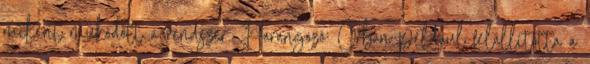
miként működött a rendszer. Harangozó: Orbán például felállította a